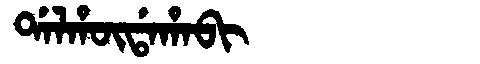
Manchu: ᡩᠠᠯᡥᡡᡩᠠᡥᠠᠪᡳ
Romanization: DALHŪDAHABI